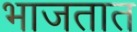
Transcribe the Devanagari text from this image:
भाजतात